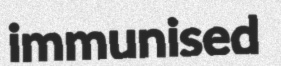
immunised